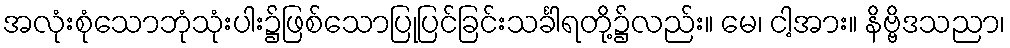
အလုံးစုံသောဘုံသုံးပါး၌ဖြစ်သောပြုပြင်ခြင်းသင်္ခါရတို့၌လည်း။ မေ၊ ငါ့အား။ နိဗ္ဗိဒသညာ၊